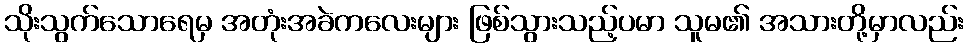
သိုးသွက်သောရေမှ အတုံးအခဲကလေးများ ဖြစ်သွားသည့်ပမာ သူမ၏ အသားတို့မှာလည်း